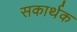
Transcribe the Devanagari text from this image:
सकार्थक